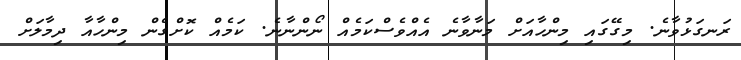
ރަނގަޅުވާނެ. މިގޭގައި މިންހާއަށް މަނާވާނެ އެއްވެސްކަމެއް ނޯންނާނެ. ކަމެއް ކޮށްގެން މިންހާއާ ދިމާލަށް